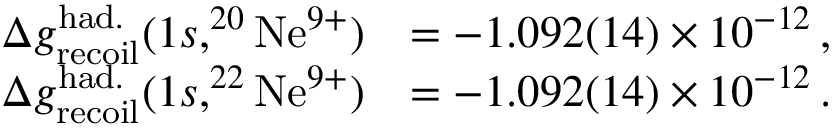
\begin{array} { r l } { \Delta g _ { \mathrm { r e c o i l } } ^ { \mathrm { h a d . } } ( 1 s , ^ { 2 0 } \mathrm { N e } ^ { 9 + } ) } & { = - 1 . 0 9 2 ( 1 4 ) \times 1 0 ^ { - 1 2 } \, , } \\ { \Delta g _ { \mathrm { r e c o i l } } ^ { \mathrm { h a d . } } ( 1 s , ^ { 2 2 } \mathrm { N e } ^ { 9 + } ) } & { = - 1 . 0 9 2 ( 1 4 ) \times 1 0 ^ { - 1 2 } \, . } \end{array}